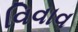
વિવાવ